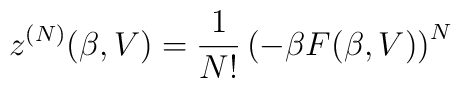
z^{(N)}(\beta,V)=\frac{1}{N!}\left(-\beta F(\beta,V)\right)^N